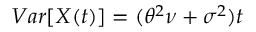
V a r [ X ( t ) ] = ( \theta ^ { 2 } \nu + \sigma ^ { 2 } ) t